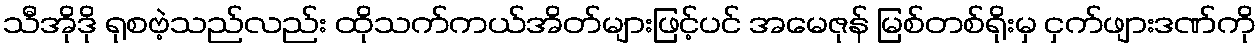
သီအိုဒို ရုစဗဲ့သည်လည်း ထိုသက်ကယ်အိတ်များဖြင့်ပင် အမေဇုန် မြစ်တစ်ရိုးမှ ငှက်ဖျားဒဏ်ကို